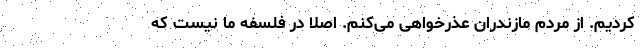
کردیم. از مردم مازندران عذرخواهی می‌کنم. اصلا در فلسفه ما نیست که